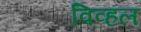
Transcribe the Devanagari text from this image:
विव्हल